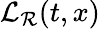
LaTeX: \mathcal{L}_{\mathcal{R}}(t,x)